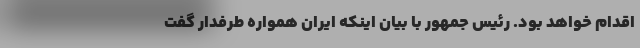
اقدام خواهد بود. رئیس جمهور با بیان اینکه ایران همواره طرفدار گفت